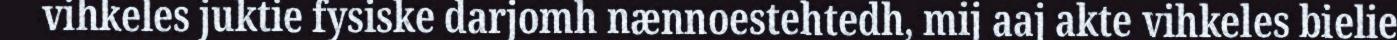
vihkeles juktie fysiske darjomh nænnoestehtedh, mij aaj akte vihkeles bielie